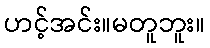
ဟင့်အင်း။မတူဘူး။